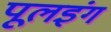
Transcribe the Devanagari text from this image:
पूलइंग